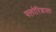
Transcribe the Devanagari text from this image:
फ्लोरिडाला